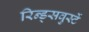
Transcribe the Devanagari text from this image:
रिन्ड्सवुर्स्टे